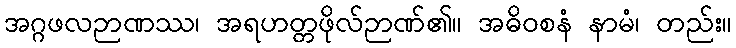
အဂ္ဂဖလဉာဏဿ၊ အရဟတ္တဖိုလ်ဉာဏ်၏။ အဓိဝစနံ နာမံ၊ တည်း။